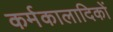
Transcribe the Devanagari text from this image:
कर्मकालादिकों